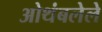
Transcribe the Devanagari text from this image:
ओथंबलेले